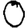
Digit: 0